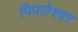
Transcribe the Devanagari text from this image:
पिपलेश्वर